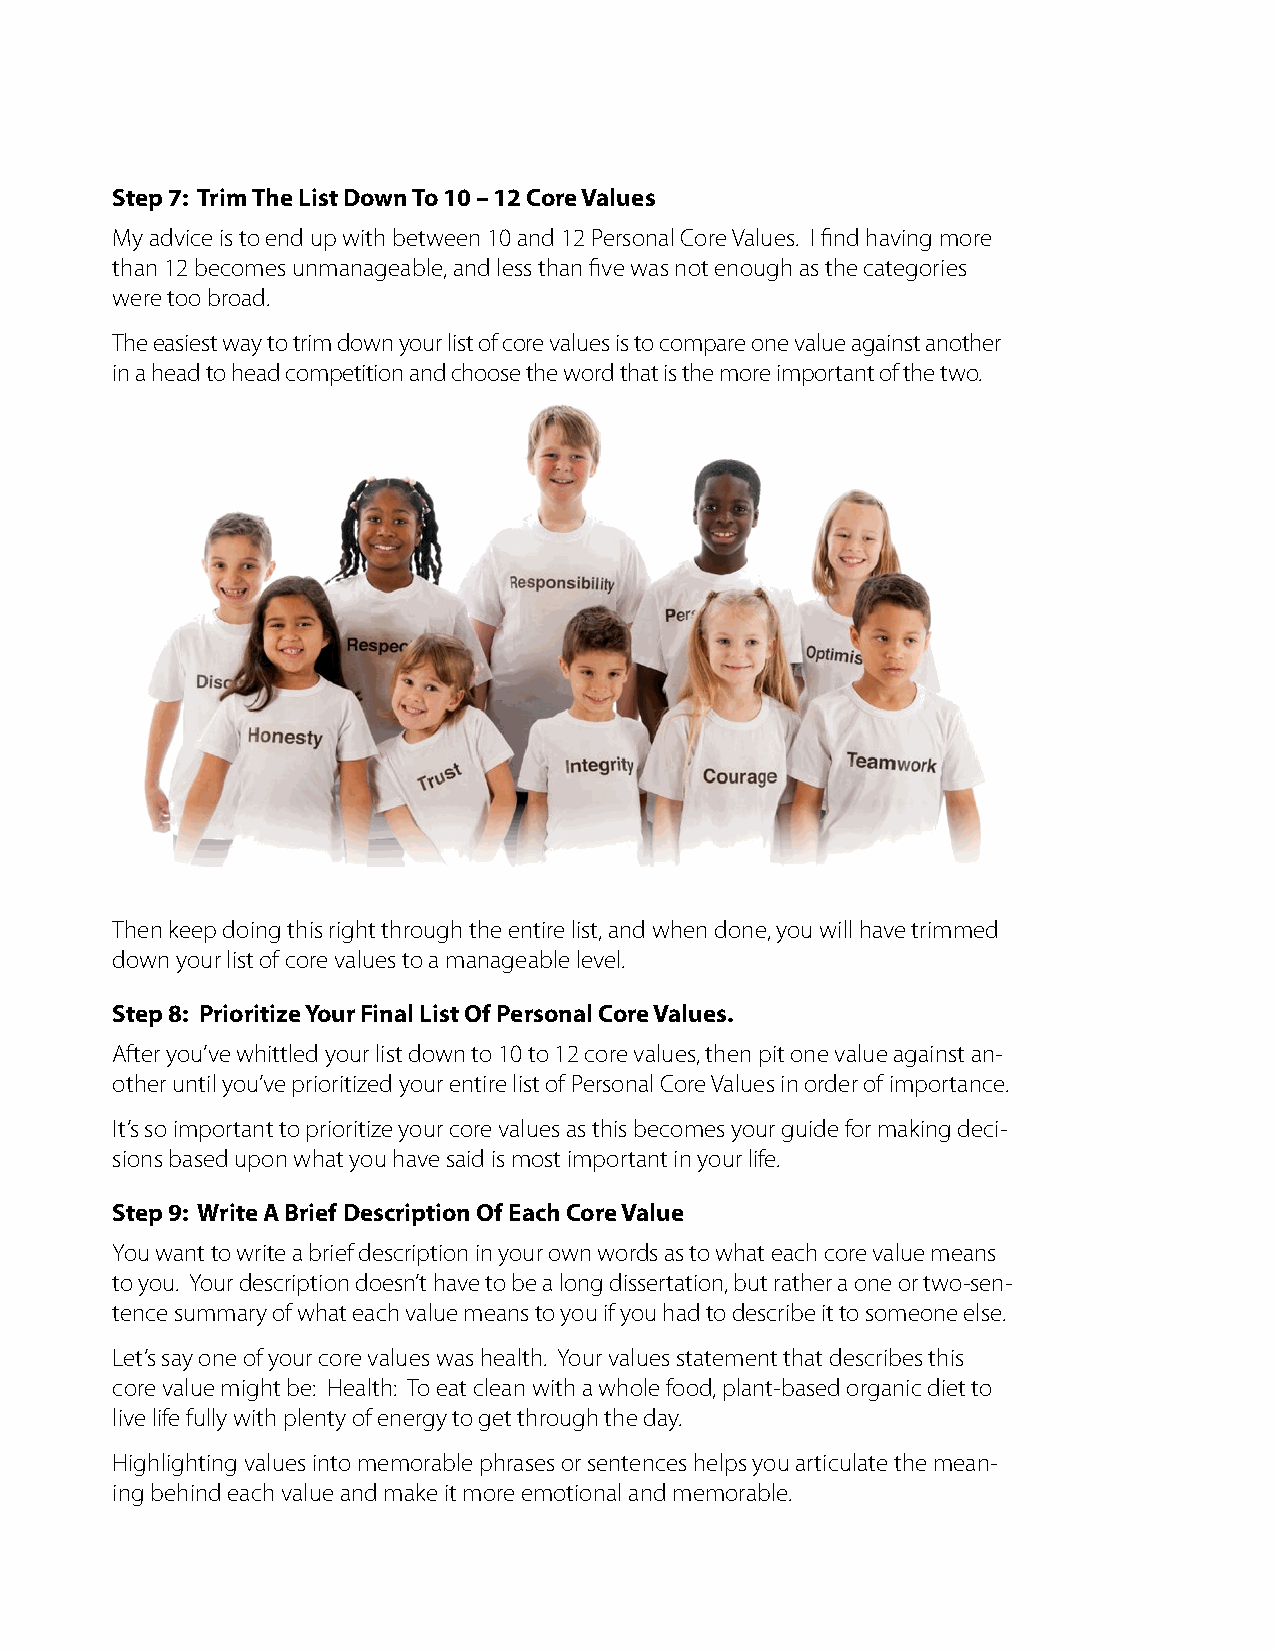
Step 7: Trim The List Down To 10 – 12 Core Values
 My advice is to end up with between 10 and 12 Personal Core Values. I find having more
 than 12 becomes unmanageable, and less than five was not enough as the categories
 were too broad.
 The easiest way to trim down your list of core values is to compare one value against another
 in a head to head competition and choose the word that is the more important of the two.
 Then keep doing this right through the entire list, and when done, you will have trimmed
 down your list of core values to a manageable level.
 Step 8: Prioritize Your Final List Of Personal Core Values.
 After you’ve whittled your list down to 10 to 12 core values, then pit one value against an-
 other until you’ve prioritized your entire list of Personal Core Values in order of importance.
 It’s so important to prioritize your core values as this becomes your guide for making deci-
 sions based upon what you have said is most important in your life.
 Step 9: Write A Brief Description Of Each Core Value
 You want to write a brief description in your own words as to what each core value means
 to you. Your description doesn’t have to be a long dissertation, but rather a one or two-sen-
 tence summary of what each value means to you if you had to describe it to someone else.
 Let’s say one of your core values was health. Your values statement that describes this
 core value might be: Health: To eat clean with a whole food, plant-based organic diet to
 live life fully with plenty of energy to get through the day.
 Highlighting values into memorable phrases or sentences helps you articulate the mean-
 ing behind each value and make it more emotional and memorable.